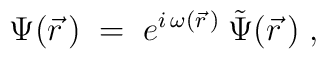
\Psi( \vec r \, ) \; = \; e^{i \, \omega ( \vec r \, )} \:\tilde{\Psi} ( \vec r \, ) \; ,